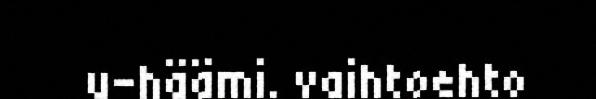
u-häämi. vaihtoehto